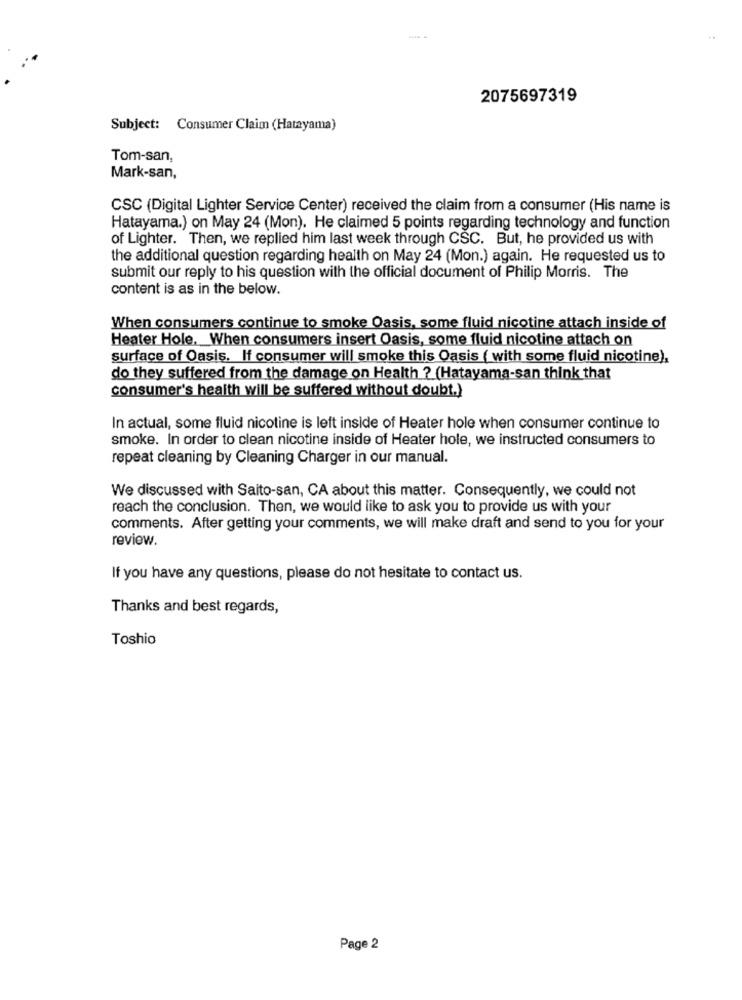
2075697319
Subject: Consumer Claim (Hatayama)
Tom-san,
Mark-san,
CSC (Digital Lighter Service Center) received the claim from a consumer (His name is
Hatayama.) on May 24 (Mon). He claimed 5 points regarding technology and function
of Lighter. Then, we replied him last week through CSC. But, he provided us with
the additional question regarding health on May 24 (Mon.) again. He requested us to
submit our reply to his question with the official document of Philip Morris. The
content is as in the below.
When consumers continue to smoke Oasis, some fluid nicotine attach inside of
Heater Hole, When consumers insert Oasis, some fluid nicotine attach on
surface of Oasis. If consumer will smoke this Oasis ( with some fluid nicotine),
do they suffered from the damage on Health ? (Hatayama-san think that
consumer's health will be suffered without doubt.)
In actual, some fluid nicotine is left inside of Heater hole when consumer continue to
smoke. In order to clean nicotine inside of Heater hole, we instructed consumers to
repeat cleaning by Cleaning Charger in our manual.
We discussed with Saito-san, CA about this matter. Consequently, we could not
reach the conclusion. Then, we would like to ask you to provide us with your
comments. After getting your comments, we will make draft and send to you for your
review.
If you have any questions, please do not hesitate to contact us.
Thanks and best regards,
Toshio
Page 2